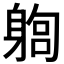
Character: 𨉫